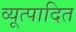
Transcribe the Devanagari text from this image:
व्यूत्पादित